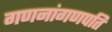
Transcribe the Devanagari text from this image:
गणनांगणपति